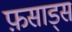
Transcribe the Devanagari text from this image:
फ़साड्स